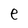
Character: e